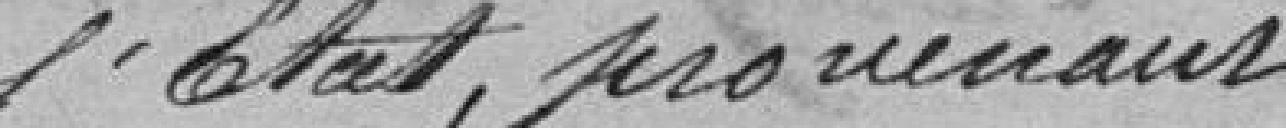
de l'Etat provenant